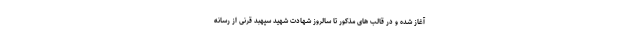
آغاز شده و در قالب های مذکور تا سالروز شهادت شهید سپهبد قرنی از رسانه